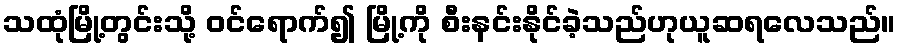
သထုံမြို့တွင်းသို့ ဝင်ရောက်၍ မြို့ကို စီးနင်းနိုင်ခဲ့သည်ဟုယူဆရလေသည်။